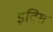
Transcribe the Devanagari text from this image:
इविस